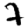
Digit: 7